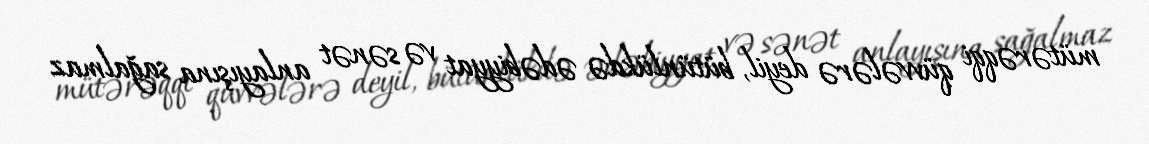
mütərəqqi qüvvələrə deyil, bütünlükdə ədəbiyyat və sənət anlayışına sağalmaz